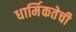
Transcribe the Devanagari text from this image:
धार्मिकतेची